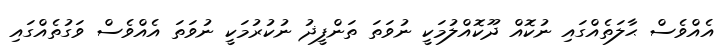
އެއްވެސް ޙާލަތެއްގައި ނުކޮއް ދޫކޮއްލުމަކީ ނުވަތަ ތަންފީޛު ނުކުރުމަކީ ނުވަތަ އެއްވެސް ވަގުތެއްގައި